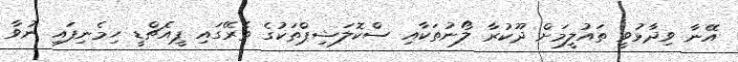
އޭނާ ވިދާޅުވީ ތައުލީމަށް ދޫކުރާ ލޯނުތަކާއި ސްކޮލަޝިޕްތަކުގެ ތެރޭގައި ޕީއެޗްޑީ ހިމެނިފައި ނުވާ